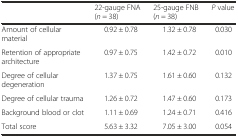
|  | 22-gauge FNA (n = 38) | 25-gauge FNB (n = 38) | P value |
 | --- | --- | --- | --- |
 | Amount of cellular material | 0.92 ± 0.78 | 1.32 ± 0.78 | 0.030 |
 | Retention of appropriate architecture | 0.97 ± 0.75 | 1.42 ± 0.72 | 0.010 |
 | Degree of cellular degeneration | 1.37 ± 0.75 | 1.61 ± 0.60 | 0.132 |
 | Degree of cellular trauma | 1.26 ± 0.72 | 1.47 ± 0.60 | 0.173 |
 | Background blood or clot | 1.11 ± 0.69 | 1.24 ± 0.71 | 0.416 |
 | Total score | 5.63 ± 3.32 | 7.05 ± 3.00 | 0.054 |